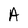
Character: A